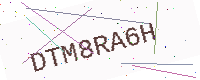
Text: DTM8RA6H